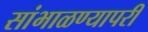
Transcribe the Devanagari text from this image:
सांभाळण्यापरी